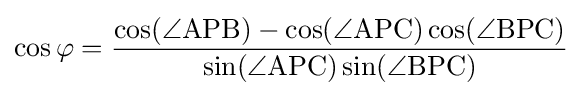
\cos \varphi ={\frac {\cos(\angle \mathrm {APB} )-\cos(\angle \mathrm {APC} )\cos(\angle \mathrm {BPC} )}{\sin(\angle \mathrm {APC} )\sin(\angle \mathrm {BPC} )}}